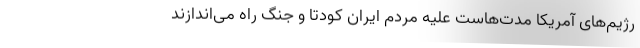
رژیم‌های آمریکا مدت‌هاست علیه مردم ایران کودتا و جنگ راه می‌اندازند